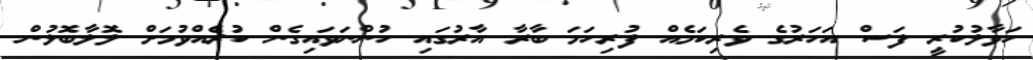
ހަވާލުކުރީ ފަސް އަހަރުގެ ވެރިކަމެއް ފުރިހަމަ ބާރާ އާރުގައި ހުންނަވައިގެން ކުރެއްވުމަށް ލޮލާބޮލުން